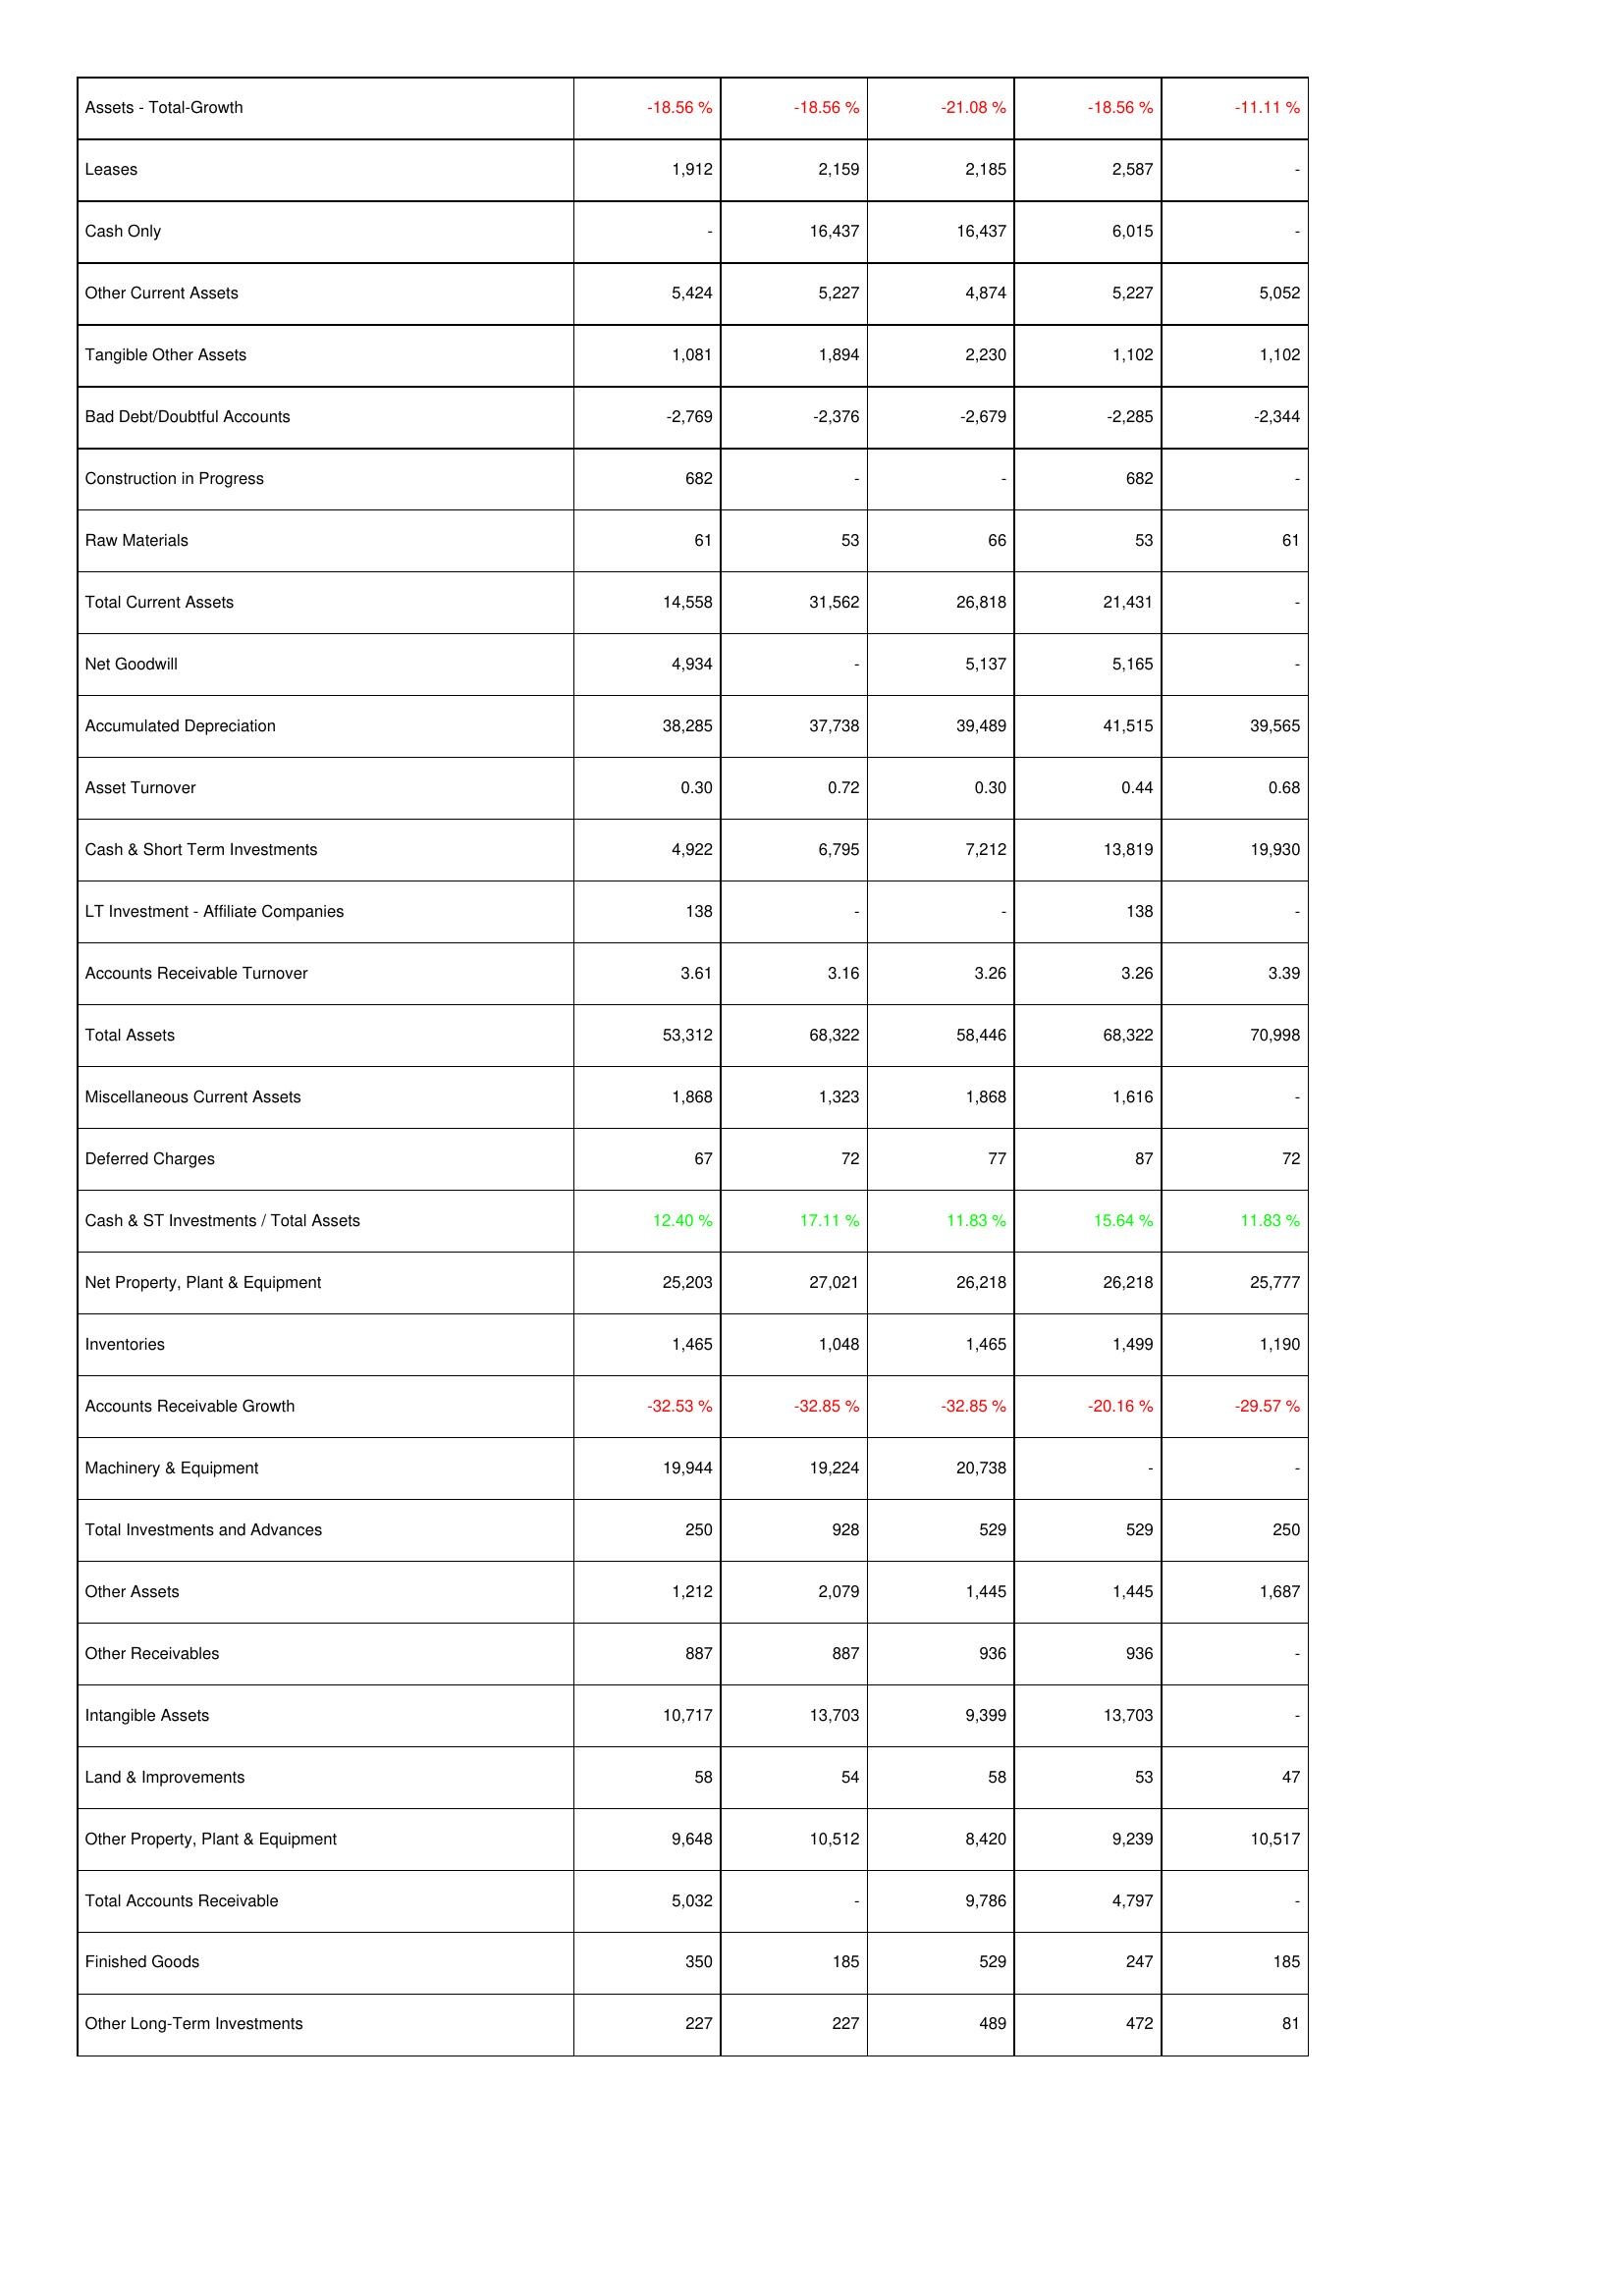
2008: Assets: Assets - Total-Growth: -18.56 %
Leases: 1,912
Cash Only: -
Other Current Assets: 5,424
Tangible Other Assets: 1,081
Bad Debt/Doubtful Accounts: -2,769
Construction in Progress: 682
Raw Materials: 61
Total Current Assets: 14,558
Net Goodwill: 4,934
Accumulated Depreciation: 38,285
Asset Turnover: 0.30
Cash & Short Term Investments: 4,922
LT Investment - Affiliate Companies: 138
Accounts Receivable Turnover: 3.61
Total Assets: 53,312
Miscellaneous Current Assets: 1,868
Deferred Charges: 67
Cash & ST Investments / Total Assets: 12.40 %
Net Property, Plant & Equipment: 25,203
Inventories: 1,465
Accounts Receivable Growth: -32.53 %
Machinery & Equipment: 19,944
Total Investments and Advances: 250
Other Assets: 1,212
Other Receivables: 887
Intangible Assets: 10,717
Land & Improvements: 58
Other Property, Plant & Equipment: 9,648
Total Accounts Receivable: 5,032
Finished Goods: 350
Other Long-Term Investments: 227
2009: Assets: Assets - Total-Growth: -18.56 %
Leases: 2,159
Cash Only: 16,437
Other Current Assets: 5,227
Tangible Other Assets: 1,894
Bad Debt/Doubtful Accounts: -2,376
Construction in Progress: -
Raw Materials: 53
Total Current Assets: 31,562
Net Goodwill: -
Accumulated Depreciation: 37,738
Asset Turnover: 0.72
Cash & Short Term Investments: 6,795
LT Investment - Affiliate Companies: -
Accounts Receivable Turnover: 3.16
Total Assets: 68,322
Miscellaneous Current Assets: 1,323
Deferred Charges: 72
Cash & ST Investments / Total Assets: 17.11 %
Net Property, Plant & Equipment: 27,021
Inventories: 1,048
Accounts Receivable Growth: -32.85 %
Machinery & Equipment: 19,224
Total Investments and Advances: 928
Other Assets: 2,079
Other Receivables: 887
Intangible Assets: 13,703
Land & Improvements: 54
Other Property, Plant & Equipment: 10,512
Total Accounts Receivable: -
Finished Goods: 185
Other Long-Term Investments: 227
2010: Assets: Assets - Total-Growth: -21.08 %
Leases: 2,185
Cash Only: 16,437
Other Current Assets: 4,874
Tangible Other Assets: 2,230
Bad Debt/Doubtful Accounts: -2,679
Construction in Progress: -
Raw Materials: 66
Total Current Assets: 26,818
Net Goodwill: 5,137
Accumulated Depreciation: 39,489
Asset Turnover: 0.30
Cash & Short Term Investments: 7,212
LT Investment - Affiliate Companies: -
Accounts Receivable Turnover: 3.26
Total Assets: 58,446
Miscellaneous Current Assets: 1,868
Deferred Charges: 77
Cash & ST Investments / Total Assets: 11.83 %
Net Property, Plant & Equipment: 26,218
Inventories: 1,465
Accounts Receivable Growth: -32.85 %
Machinery & Equipment: 20,738
Total Investments and Advances: 529
Other Assets: 1,445
Other Receivables: 936
Intangible Assets: 9,399
Land & Improvements: 58
Other Property, Plant & Equipment: 8,420
Total Accounts Receivable: 9,786
Finished Goods: 529
Other Long-Term Investments: 489
2011: Assets: Assets - Total-Growth: -18.56 %
Leases: 2,587
Cash Only: 6,015
Other Current Assets: 5,227
Tangible Other Assets: 1,102
Bad Debt/Doubtful Accounts: -2,285
Construction in Progress: 682
Raw Materials: 53
Total Current Assets: 21,431
Net Goodwill: 5,165
Accumulated Depreciation: 41,515
Asset Turnover: 0.44
Cash & Short Term Investments: 13,819
LT Investment - Affiliate Companies: 138
Accounts Receivable Turnover: 3.26
Total Assets: 68,322
Miscellaneous Current Assets: 1,616
Deferred Charges: 87
Cash & ST Investments / Total Assets: 15.64 %
Net Property, Plant & Equipment: 26,218
Inventories: 1,499
Accounts Receivable Growth: -20.16 %
Machinery & Equipment: -
Total Investments and Advances: 529
Other Assets: 1,445
Other Receivables: 936
Intangible Assets: 13,703
Land & Improvements: 53
Other Property, Plant & Equipment: 9,239
Total Accounts Receivable: 4,797
Finished Goods: 247
Other Long-Term Investments: 472
2012: Assets: Assets - Total-Growth: -11.11 %
Leases: -
Cash Only: -
Other Current Assets: 5,052
Tangible Other Assets: 1,102
Bad Debt/Doubtful Accounts: -2,344
Construction in Progress: -
Raw Materials: 61
Total Current Assets: -
Net Goodwill: -
Accumulated Depreciation: 39,565
Asset Turnover: 0.68
Cash & Short Term Investments: 19,930
LT Investment - Affiliate Companies: -
Accounts Receivable Turnover: 3.39
Total Assets: 70,998
Miscellaneous Current Assets: -
Deferred Charges: 72
Cash & ST Investments / Total Assets: 11.83 %
Net Property, Plant & Equipment: 25,777
Inventories: 1,190
Accounts Receivable Growth: -29.57 %
Machinery & Equipment: -
Total Investments and Advances: 250
Other Assets: 1,687
Other Receivables: -
Intangible Assets: -
Land & Improvements: 47
Other Property, Plant & Equipment: 10,517
Total Accounts Receivable: -
Finished Goods: 185
Other Long-Term Investments: 81